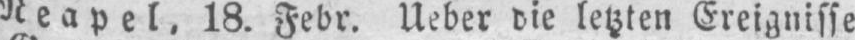
Neapel, 18. Febr. Ueber die letzten Ereignisse